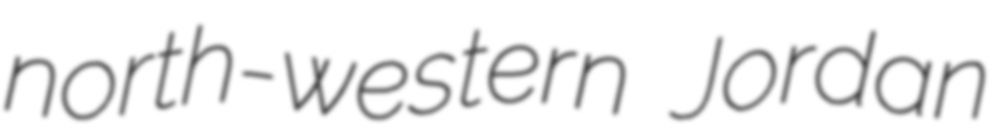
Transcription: north-western Jordan